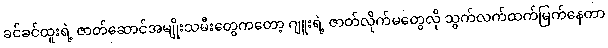
ခင်ခင်ထူးရဲ့ ဇာတ်ဆောင်အမျိုးသမီးတွေကတော့ ဂျူးရဲ့ ဇာတ်လိုက်မတွေလို သွက်လက်ထက်မြက်နေတာ